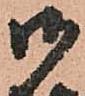
御